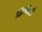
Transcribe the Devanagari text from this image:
मिष्किली